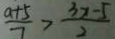
\frac { a + 5 } { 7 } > \frac { 3 x - 5 } { 2 }